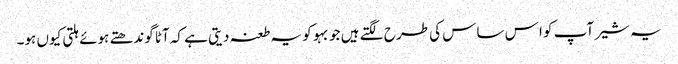
یہ شیر آپ کو ا س ساس کی طرح لگتے ہیں جو بہو کو یہ طعنہ دیتی ہے کہ آٹا گوندھتے ہوئے ہلتی کیوں ہو۔